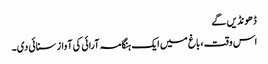
ڈھونڈیں گے
اس وقت ، باغ میں ایک ہنگامہ آرائی کی آواز سنائی دی۔